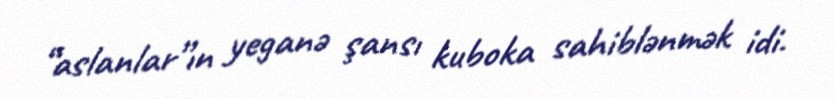
“aslanlar”ın yeganə şansı kuboka sahiblənmək idi.